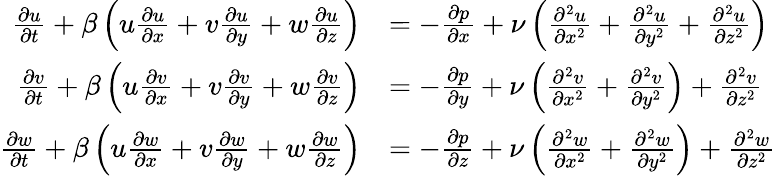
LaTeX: \begin{array}{rl}{\frac{\partial u}{\partial t}+\beta\left(u\frac{\partial u}{\partial x}+v\frac{\partial u}{\partial y}+w\frac{\partial u}{\partial z}\right)}&{=-\frac{\partial p}{\partial x}+\nu\left(\frac{\partial^{2}u}{\partial x^{2}}+\frac{\partial^{2}u}{\partial y^{2}}+\frac{\partial^{2}u}{\partial z^{2}}\right)}\\ {\frac{\partial v}{\partial t}+\beta\left(u\frac{\partial v}{\partial x}+v\frac{\partial v}{\partial y}+w\frac{\partial v}{\partial z}\right)}&{=-\frac{\partial p}{\partial y}+\nu\left(\frac{\partial^{2}v}{\partial x^{2}}+\frac{\partial^{2}v}{\partial y^{2}}\right)+\frac{\partial^{2}v}{\partial z^{2}}}\\ {\frac{\partial w}{\partial t}+\beta\left(u\frac{\partial w}{\partial x}+v\frac{\partial w}{\partial y}+w\frac{\partial w}{\partial z}\right)}&{=-\frac{\partial p}{\partial z}+\nu\left(\frac{\partial^{2}w}{\partial x^{2}}+\frac{\partial^{2}w}{\partial y^{2}}\right)+\frac{\partial^{2}w}{\partial z^{2}}}\end{array}